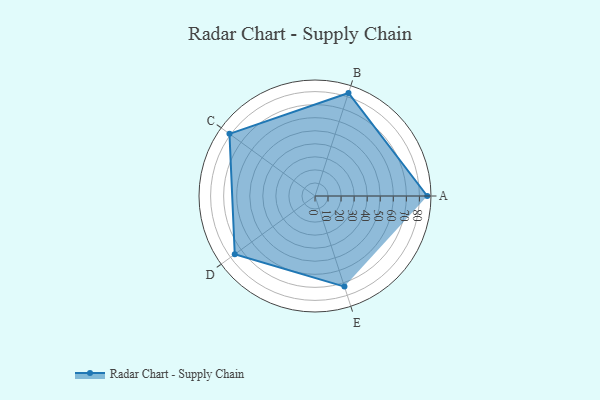
{"axis": {"x": "Skill", "y": "Score"}, "legend": ["Profile"], "data": [{"x": "A", "y": 86.0, "type": "Profile"}, {"x": "B", "y": 83.0, "type": "Profile"}, {"x": "C", "y": 81.0, "type": "Profile"}, {"x": "D", "y": 76.0, "type": "Profile"}, {"x": "E", "y": 73.0, "type": "Profile"}]}